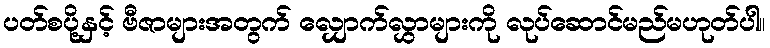
ပတ်စပို့နှင့် ဗီဇာများအတွက် လျှောက်လွှာများကို လုပ်ဆောင်မည်မဟုတ်ပါ။